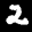
Label: 2